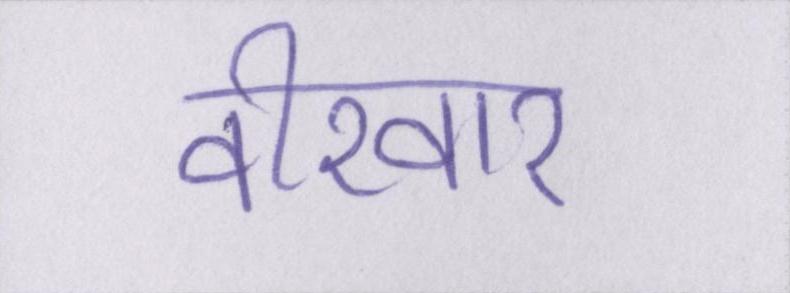
वीरवार